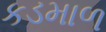
કડમાળ